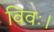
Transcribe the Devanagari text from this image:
विवः।